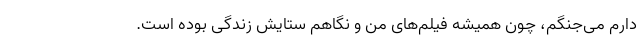
دارم می‌جنگم، چون همیشه فیلم‌های من و نگاهم ستایش زندگی بوده است.